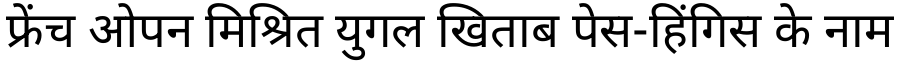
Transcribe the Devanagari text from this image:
फ्रेंच ओपन मिश्रित युगल खिताब पेस-हिंगिस के नाम